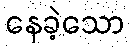
နေခဲ့သော